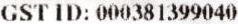
GST ID: 000381399040